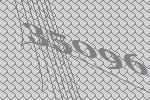
35096